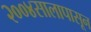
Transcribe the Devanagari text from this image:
२००४सालापासून